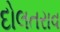
દોલતરાવ